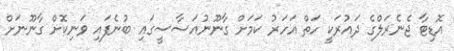
އޮޑިޓާ ޖެނެރަލްގެ ދައުރަކީ ހަތް އަހަރު ކަމަށް ގާނޫނުއަސާސީގައި ބުނެފައި ވަނިކޮށް ގާނޫނަށް